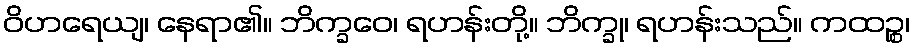
ဝိဟရေယျ၊ နေရာ၏။ ဘိက္ခဝေ၊ ရဟန်းတို့။ ဘိက္ခု၊ ရဟန်းသည်။ ကထဉ္စ၊